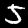
Label: 5